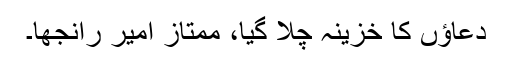
دعاؤں کا خزینہ چلا گیا، ممتاز امیر رانجھا۔